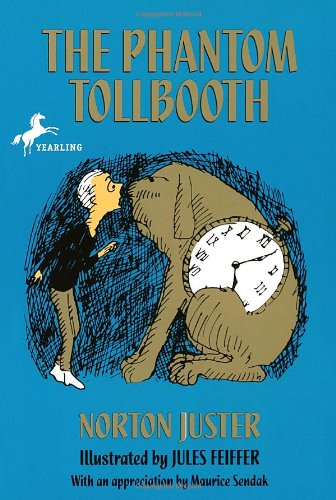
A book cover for The Phantom Tollbooth; Norton Juster; Children's Books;